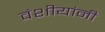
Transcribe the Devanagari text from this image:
वंशीयांनी